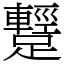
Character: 𨆪